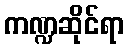
ကဏ္ဍဆိုင်ရာ